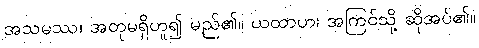
အသမဿ၊ အတုမရှိဟူ၍ မည်၏။ ယထာဟ၊ အကြင်သို့ ဆိုအပ်၏။